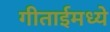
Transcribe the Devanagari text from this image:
गीताईमध्ये